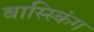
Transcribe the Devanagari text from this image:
बास्स्किंग